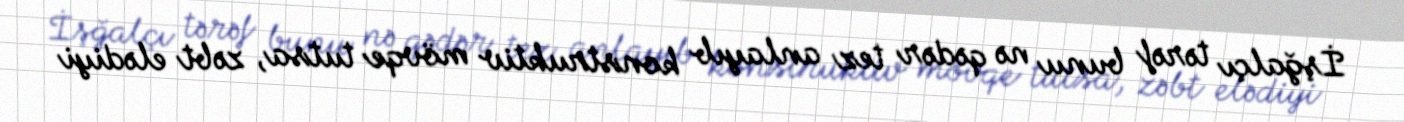
İşğalçı tərəf bunu nə qədər tez anlayıb konstruktiv mövqe tutsa, zəbt elədiyi